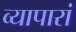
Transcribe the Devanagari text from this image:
व्यापारां